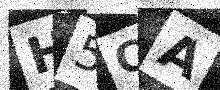
Text: H5CA